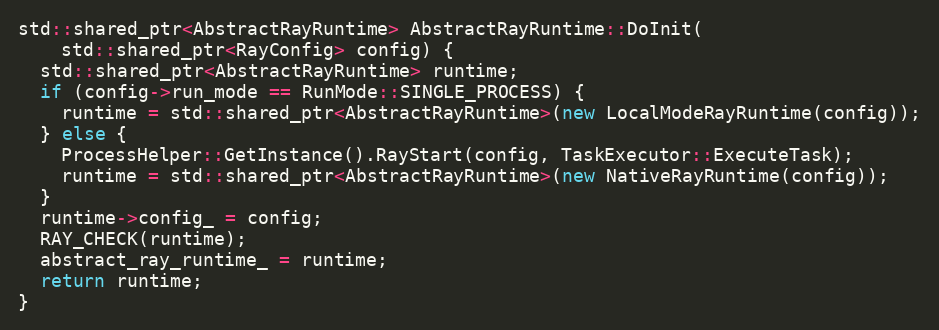
Language: C++
std::shared_ptr<AbstractRayRuntime> AbstractRayRuntime::DoInit(
    std::shared_ptr<RayConfig> config) {
  std::shared_ptr<AbstractRayRuntime> runtime;
  if (config->run_mode == RunMode::SINGLE_PROCESS) {
    runtime = std::shared_ptr<AbstractRayRuntime>(new LocalModeRayRuntime(config));
  } else {
    ProcessHelper::GetInstance().RayStart(config, TaskExecutor::ExecuteTask);
    runtime = std::shared_ptr<AbstractRayRuntime>(new NativeRayRuntime(config));
  }
  runtime->config_ = config;
  RAY_CHECK(runtime);
  abstract_ray_runtime_ = runtime;
  return runtime;
}